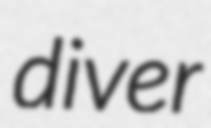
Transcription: diver